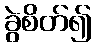
ခွဲစိတ်၍